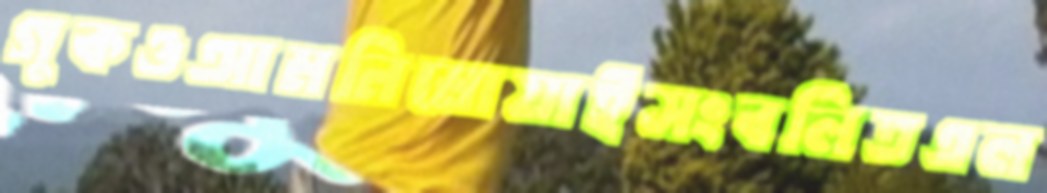
গুকওআমনিমোয়াইসংবলিতএল